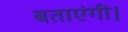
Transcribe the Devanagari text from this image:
बताएंगी।